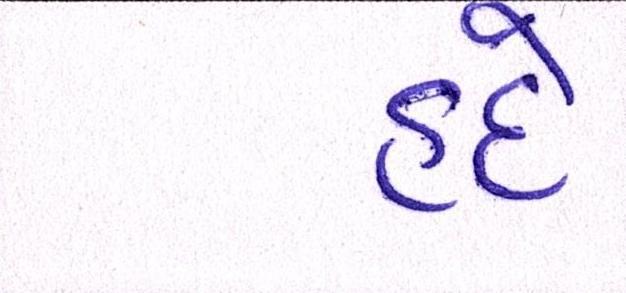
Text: હદે